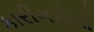
કારીગરોનો